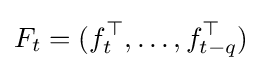
F_{t}=(f_{t}^{\top },\dots ,f_{t-q}^{\top })